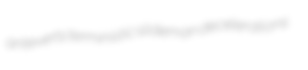
anteverts terministic slideman decelerations